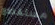
مستقطع